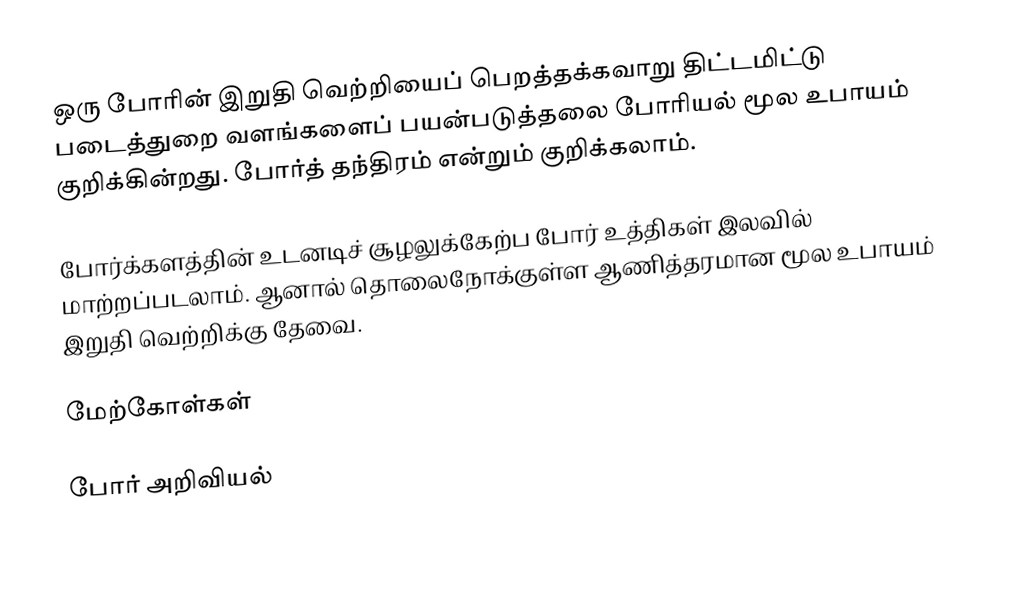
ஒரு போரின் இறுதி வெற்றியைப் பெறத்தக்கவாறு திட்டமிட்டு படைத்துறை வளங்களைப் பயன்படுத்தலை போரியல் மூல உபாயம் குறிக்கின்றது.  போர்த் தந்திரம் என்றும் குறிக்கலாம்.

போர்க்களத்தின் உடனடிச் சூழலுக்கேற்ப போர் உத்திகள் இலவில் மாற்றப்படலாம்.  ஆனால் தொலைநோக்குள்ள ஆணித்தரமான மூல உபாயம் இறுதி வெற்றிக்கு தேவை.

மேற்கோள்கள்

போர் அறிவியல்